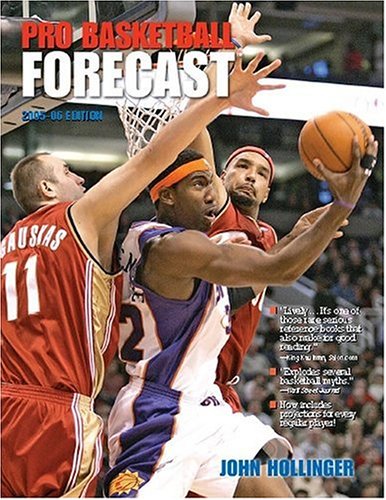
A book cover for Pro Basketball Forecast: 2005-2006; John Hollinger; Sports & Outdoors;